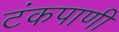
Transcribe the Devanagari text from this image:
टंकपाणी